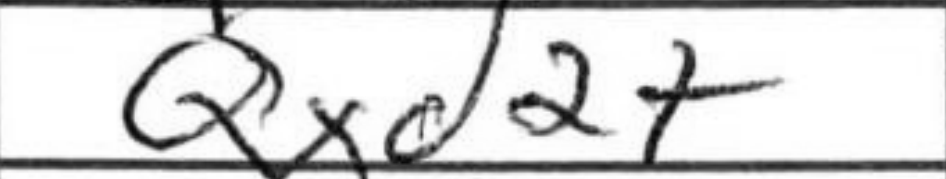
Transcription: Qxd2+